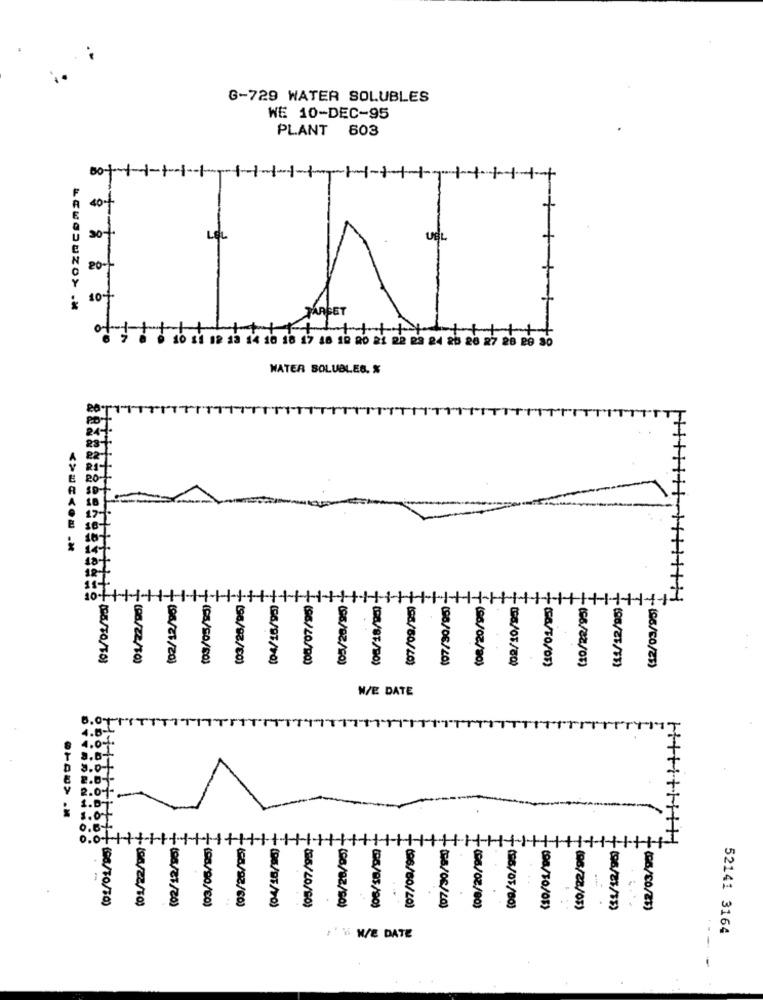
G-729 WATER SOLUBLES
WE 10-DEC-95
PLANT 603
00
40+
UBL
20-1
10+
18 17 48 19 80
1 22 23 24 25 26
WATER SOLUBLES. %
(03/28/95)
(98/22/10)
(ÇA/50/50)
(6/97/90)
(96/20/00)
(96/02/20)
- (08/80/40)
(98/06/20)
(96/02/20)
toa/05/80
.(06/60/25)
W/E DATE
(08/90/60)
(8/92/60)
(66/20/90)
8/10/10)
(04/87/20)
(96/60/20)
(28/06/20)
(96/02/00)
(26/07/80}
(08/22/03)
(06/60/25)
52141 3164
WE DATE
1